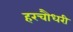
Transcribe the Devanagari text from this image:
हरचौधरी